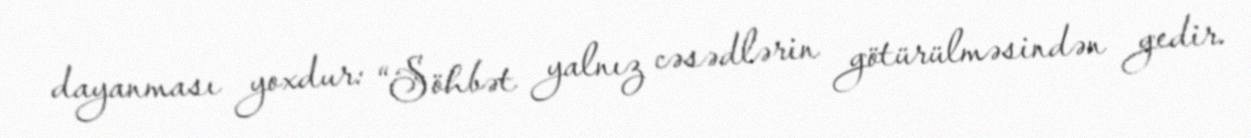
dayanması yoxdur: “Söhbət yalnız cəsədlərin götürülməsindən gedir.